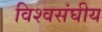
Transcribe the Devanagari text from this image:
विश्वसंघीय